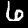
Digit: 6